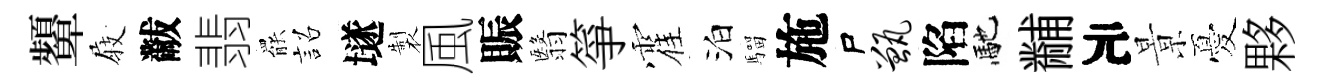
顰𡲆黻翡罷詔𡑞製風賑翳箏霍泊騮施尸甑陷馳黼元㬌憂夥